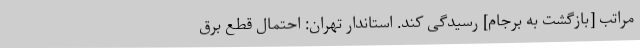
مراتب [بازگشت به برجام] رسیدگی کند. استاندار تهران: احتمال قطع برق